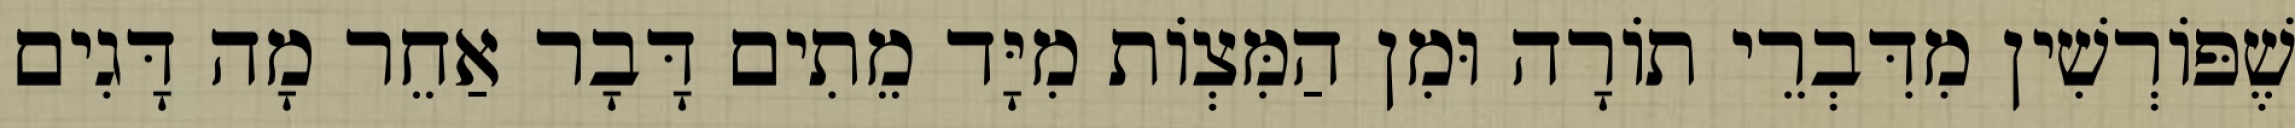
שֶׁפּוֹרְשִׁין מִדִּבְרֵי תוֹרָה וּמִן הַמִּצְוֹת מִיָּד מֵתִים דָּבָר אַחֵר מָה דָּגִים